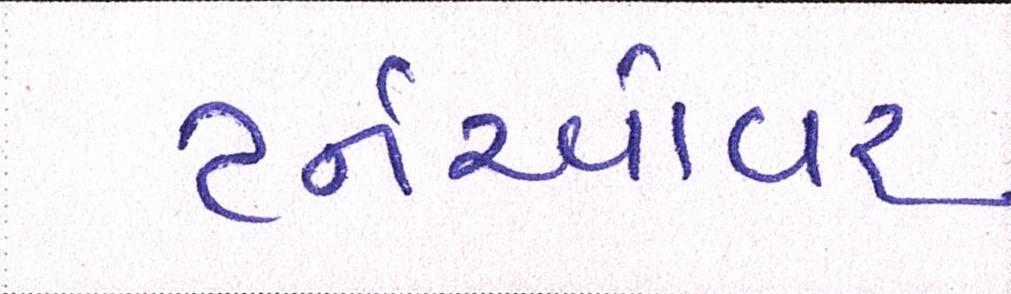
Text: ટર્નઓવર